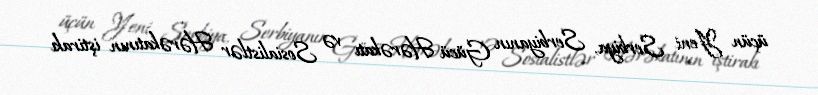
üçün Yeni Serbiya, Serbiyanın Gücü Hərəkatı və Sosialistlər Hərəkatının iştirakı